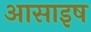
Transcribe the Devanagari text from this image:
आसाइष